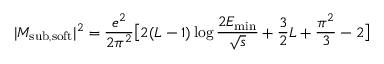
| M _ { \mathrm { { s u b , s o f t } } } | ^ { 2 } = \frac { e ^ { 2 } } { 2 \pi ^ { 2 } } \bigl [ 2 ( L - 1 ) \log \frac { 2 E _ { \mathrm { m i n } } } { \sqrt { s } } + \frac { 3 } { 2 } L + \frac { \pi ^ { 2 } } { 3 } - 2 \bigr ]